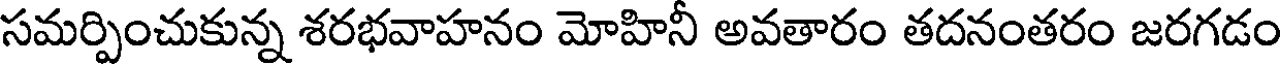
సమర్పించుకున్న శరభవాహనం మోహినీ అవతారం తదనంతరం జరగడం